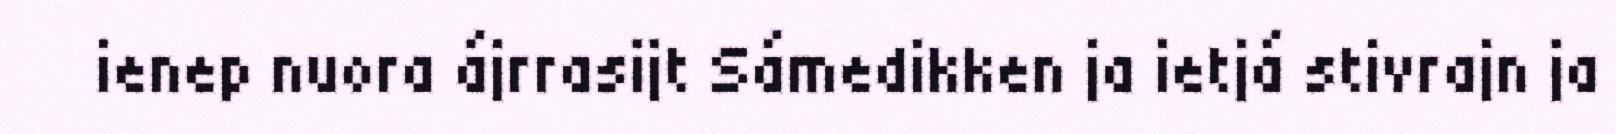
ienep nuora ájrrasijt Sámedikken ja ietjá stivrajn ja